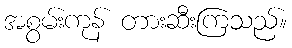
အစွမ်းကုန် တားဆီးကြသည်။